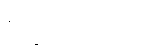
စက္ခုဝိညာဏသ္မိံ